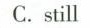
C.still